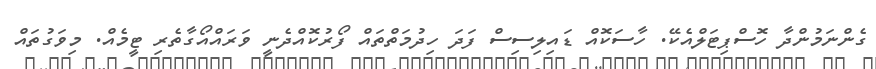
ގެންނަމުންދާ ހޮސްޕިޓަލްއެކޭ. ހާސަކޮއް ޑައިލިސިސް ފަދަ ހިދުމަތްތައް ފޯރުކޮއްދެނީ ވަރައްއޯގާތެރި ޓީމެއް. މިވަގުތައް